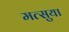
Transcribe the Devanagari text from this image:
मत्सुया